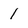
Character: 1